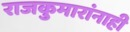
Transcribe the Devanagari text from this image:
राजकुमारांनाही